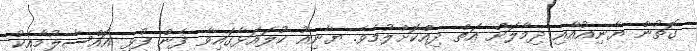
ގޮތުން ޔާނިއުއާއި ދިމާލަށް އަތް ދިއްކޮށްލުމެވެ. ޔާނިއު ކުލައަޅާގައިވާ ފެން ފުޅި އޮއްސާލުމާއެކު